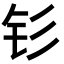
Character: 钐